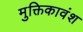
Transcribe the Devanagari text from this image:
मुक्तिकावंश